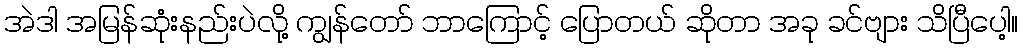
အဲဒါ အမြန်ဆုံးနည်းပဲလို့ ကျွန်တော် ဘာကြောင့် ပြောတယ် ဆိုတာ အခု ခင်ဗျား သိပြီပေါ့။